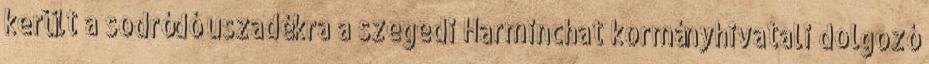
került a sodródó uszadékra a szegedi Harminchat kormányhivatali dolgozó